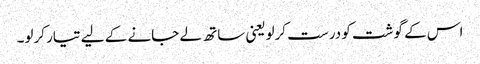
اس کے گوشت کو درست کرلویعنی ساتھ لے جانے کے لیے تیار کرلو۔